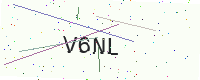
Text: V6NL